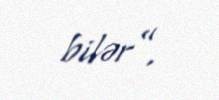
bilər”.